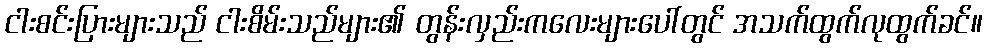
ငါးစင်းပြားများသည် ငါးစိမ်းသည်များ၏ တွန်းလှည်းကလေးများပေါ်တွင် အသက်ထွက်လုထွက်ခင်။